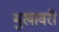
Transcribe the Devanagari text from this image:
मुखावरी